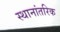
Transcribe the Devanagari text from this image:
स्थानांतरिक